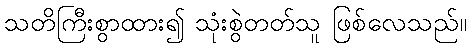
သတိကြီးစွာထား၍ သုံးစွဲတတ်သူ ဖြစ်လေသည်။